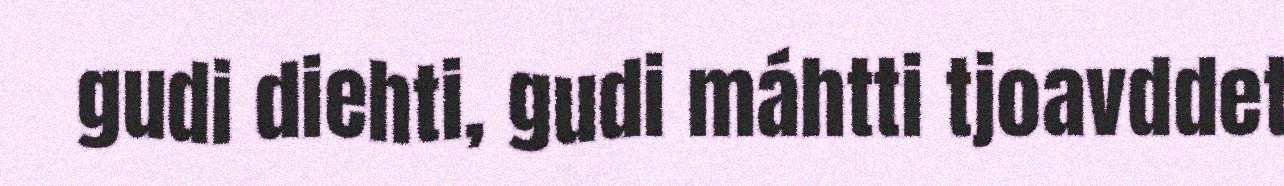
gudi diehti, gudi máhtti tjoavddet